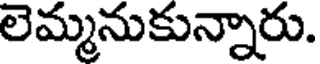
లెమ్మనుకున్నారు.